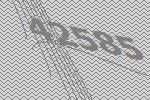
42585